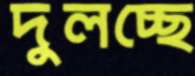
দুলচ্ছে